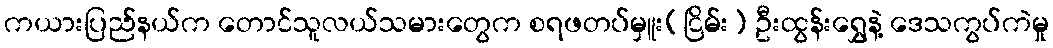
ကယားပြည်နယ်က တောင်သူလယ်သမားတွေက စရဖတပ်မှူး(ငြိမ်း) ဦးထွန်းရွှေနဲ့ ဒေသကွပ်ကဲမှု